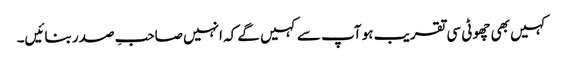
کہیں بھی چھوٹی سی تقریب ہو آپ سے کہیں گے کہ انہیں صاحبِ صدر بنائیں۔